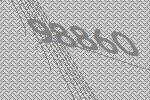
98860